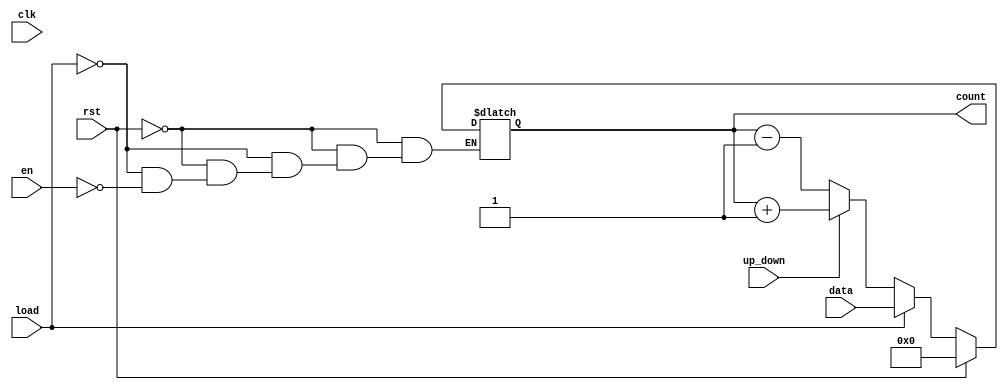
module async_load_counter (
    input wire clk,          // Clock signal
    input wire rst,          // Asynchronous reset
    input wire load,         // Asynchronous load signal
    input wire [7:0] data,   // Load value (8-bit wide)
    input wire en,           // Count enable signal
    input wire up_down,      // Count direction control (1 for up, 0 for down)
    output reg [7:0] count   // Counter value (8-bit wide)
);

    // Asynchronous Reset
    always @* begin
        if (rst) begin
            count = 8'b0; // Reset the counter to 0
        end else if (load) begin
            count = data; // Load the specified value
        end else if (en) begin
            if (up_down) begin
                count = count + 1; // Increment the counter
            end else begin
                count = count - 1; // Decrement the counter
            end
        end
    end

    // Synchronous counting operation on clock edge
    always @(posedge clk) begin
        // The counter value is updated based on the asynchronous logic
        // The logic in the always @* block handles the asynchronous operations
        // and sets the value of count accordingly.
    end

endmodule